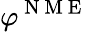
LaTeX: \varphi^{\mathrm{~N~M~E~}}